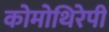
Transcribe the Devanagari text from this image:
कोमोथिरेपी